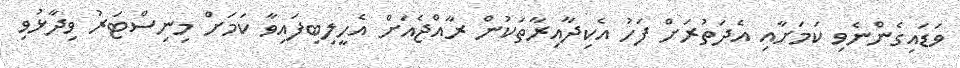
ވަޑައިގެންނެވި ކަމަށާއި އެދަތުރަށް ފަހު އެކިދާއިރާތަކުން ރާއްޖެއަށް އެހީލިބިފައިވާ ކަމަށް މިނިސްޓަރު ވިދާޅުވި